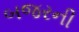
બજરની